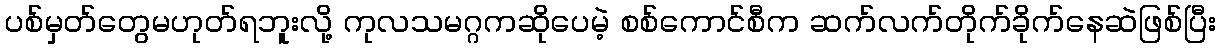
ပစ်မှတ်တွေမဟုတ်ရဘူးလို့ ကုလသမဂ္ဂကဆိုပေမဲ့ စစ်ကောင်စီက ဆက်လက်တိုက်ခိုက်နေဆဲဖြစ်ပြီး